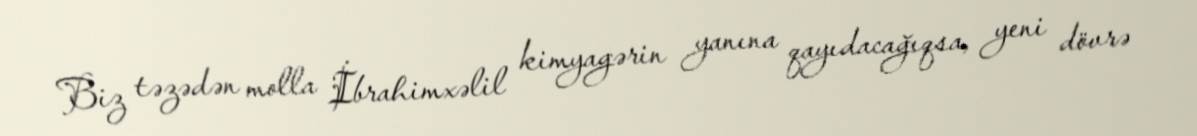
Biz təzədən molla İbrahimxəlil kimyagərin yanına qayıdacağıqsa, yeni dövrə